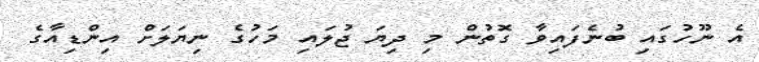
އެ ނޫހުގައި ބުނެފައިވާ ގޮތުން މި ދިޔަ ޖުލައި މަހުގެ ނިޔަލަށް އިންޑިއާގެ